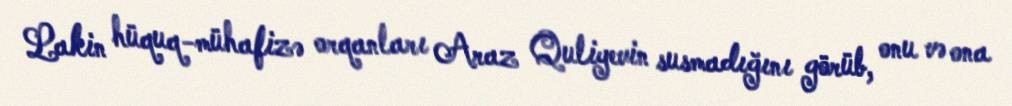
Lakin hüquq-mühafizə orqanları Araz Quliyevin susmadığını görüb, onu və ona